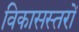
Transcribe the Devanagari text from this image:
विकासस्तरों